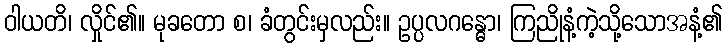
ဝါယတိ၊ လှိုင်၏။ မုခတော စ၊ ခံတွင်းမှလည်း။ ဥပ္ပလဂန္ဓော၊ ကြညိုနံ့ကဲ့သို့သောအနံ့၏